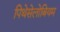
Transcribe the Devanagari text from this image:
पिथेसेलोबियम